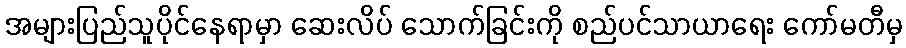
အများပြည်သူပိုင်နေရာမှာ ဆေးလိပ် သောက်ခြင်းကို စည်ပင်သာယာရေး ကော်မတီမှ